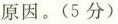
原因（5分）